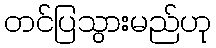
တင်ပြသွားမည်ဟု